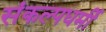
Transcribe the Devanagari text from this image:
संकल्पधर्मी